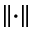
\left\| \cdot \right\|